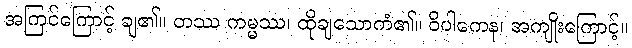
အကြင်ကြောင့် ချ၏။ တဿ ကမ္မဿ၊ ထိုချသောကံ၏။ ဝိပါကေန၊ အကျိုးကြောင့်။